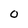
Character: 0